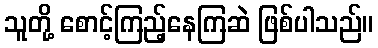
သူတို့ စောင့်ကြည့်နေကြဆဲ ဖြစ်ပါသည်။